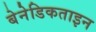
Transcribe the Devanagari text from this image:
बेनेडिकताइन